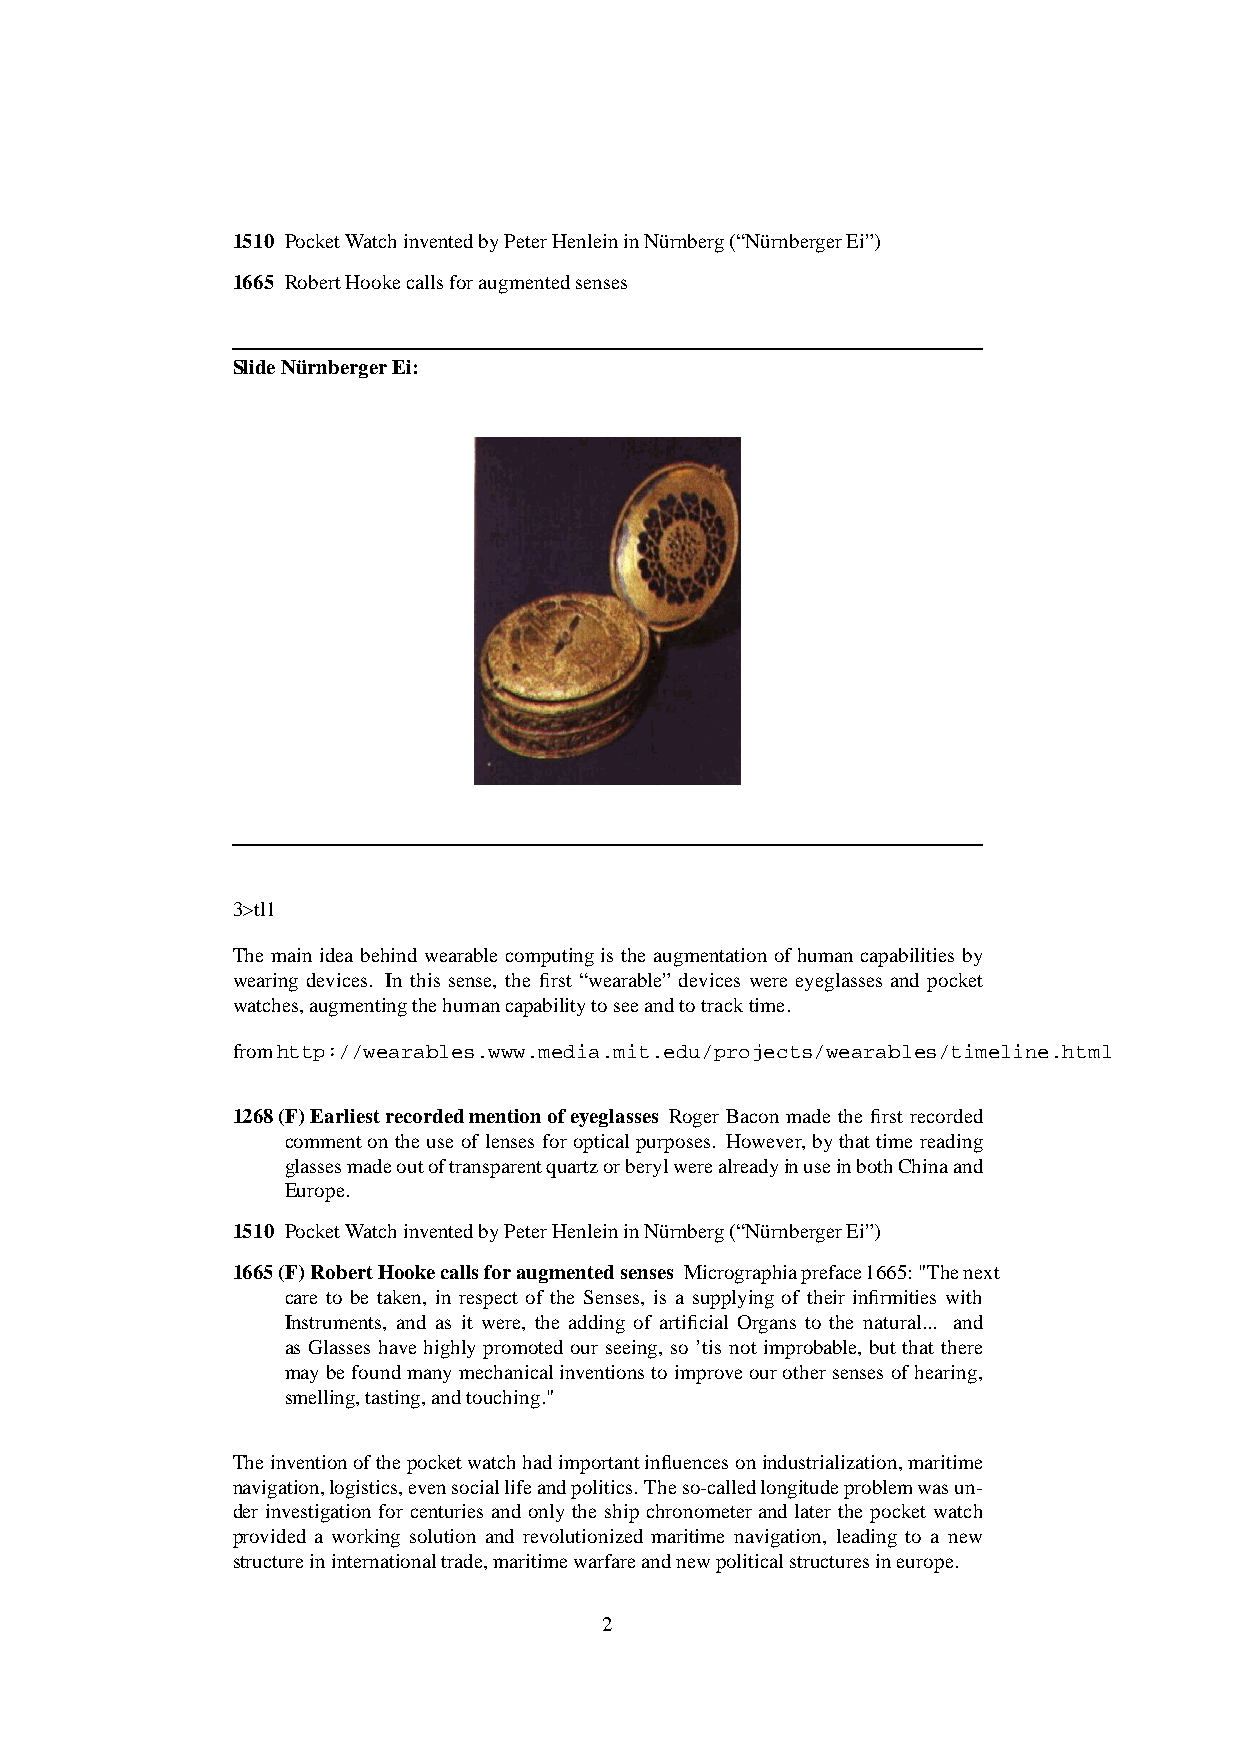
1510 PocketWatchinventedbyPeterHenleininNürnberg(“NürnbergerEi”)
 1665 RobertHookecallsforaugmentedsenses
 SlideNürnbergerEi:
 3>tl1
 The main idea behindwearable computingis the augmentationof human capabilities by
 wearing devices. In this sense, the first “wearable” devices were eyeglasses and pocket
 watches,augmentingthehumancapabilitytoseeandtotracktime.
 fromhttp://wearables.www.media.mit.edu/projects/wearables/timeline.html
 1268(F)Earliestrecordedmentionofeyeglasses Roger Bacon made the first recorded
 commenton the use of lenses for opticalpurposes. However,by thattime reading
 glassesmadeoutoftransparentquartzorberylwerealreadyinuseinbothChinaand
 Europe.
 1510 PocketWatchinventedbyPeterHenleininNürnberg(“NürnbergerEi”)
 1665(F)RobertHookecallsforaugmentedsenses Micrographiapreface1665:"Thenext
 care to be taken, in respect of the Senses, is a supplying of their infirmities with
 Instruments, and as it were, the adding of artificial Organs to the natural... and
 as Glasses have highly promoted our seeing, so ’tis not improbable, but that there
 maybefoundmanymechanicalinventionsto improveourothersenses ofhearing,
 smelling,tasting,andtouching."
 Theinventionofthepocketwatchhadimportantinfluencesonindustrialization,maritime
 navigation,logistics,evensociallifeandpolitics.Theso-calledlongitudeproblemwasun-
 der investigationfor centuries and only the ship chronometer and later the pocket watch
 provided a working solution and revolutionized maritime navigation, leading to a new
 structureininternationaltrade,maritimewarfareandnewpoliticalstructuresineurope.
 2